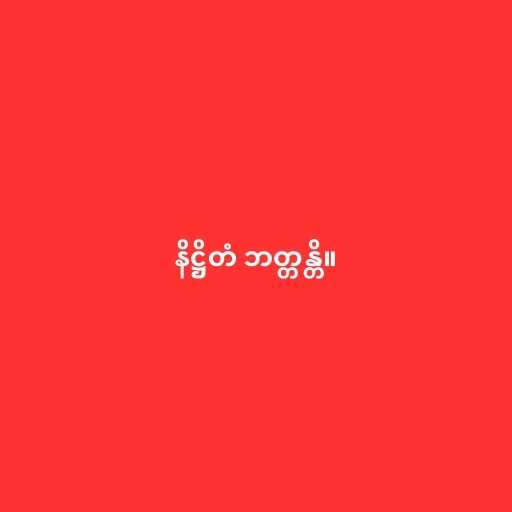
နိဋ္ဌိတံ ဘတ္တန္တိ။